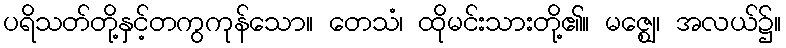
ပရိသတ်တို့နှင့်တကွကုန်သော။ တေသံ၊ ထိုမင်းသားတို့၏။ မဇ္ဈေ၊ အလယ်၌။